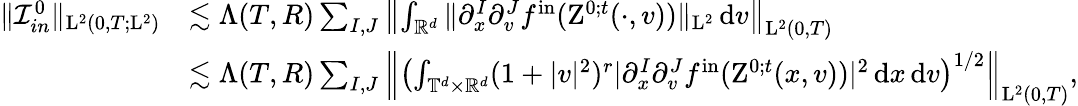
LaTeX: \begin{array}{rl}{\Vert\mathcal{I}_{in}^{0}\Vert_{\mathrm{L}^{2}(0,T;\mathrm{L}^{2})}}&{\lesssim\Lambda(T,R)\sum_{I,J}\left\Vert\int_{\mathbb R^{d}}\Vert\partial_{x}^{I}\partial_{v}^{J}f^{\mathrm{in}}(\mathrm{Z}^{0;t}(\cdot,v))\Vert_{\mathrm{L}^{2}}\, \mathrm{d}v\right\Vert_{\mathrm{L}^{2}(0,T)}}\\ &{\lesssim\Lambda(T,R)\sum_{I,J}\left\Vert\left(\int_{\mathbb T^{d}\times\mathbb R^{d}}(1+\vert v\vert^{2})^{r}\vert\partial_{x}^{I}\partial_{v}^{J}f^{\mathrm{in}}(\mathrm{Z}^{0;t}(x,v))\vert^{2}\, \mathrm{d}x\, \mathrm{d}v\right)^{1/2}\right\Vert_{\mathrm{L}^{2}(0,T)},}\end{array}